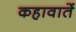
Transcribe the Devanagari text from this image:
कहावातें